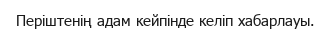
Періштенің адам кейпінде келіп хабарлауы.